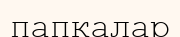
папкалар